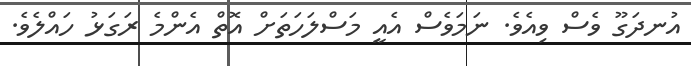
އުނދަގޫ ވެސް ވިއެވެ. ނަމަވެސް އެއީ މަސްލަހަތަށް އޮތް އެންމެ ރަގަޅު ހައްލެވެ.